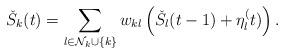
LaTeX: \begin{align*}\check{S}_k(t) &= \sum_{l\in \mathcal{N}_k\cup\{k\}}w_{kl}\left(\check{S}_l(t-1)+ \eta_l^(t)\right).\end{align*}